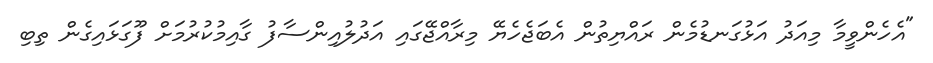
"އެހެންވީމާ މިއަދު އަޅުގަނޑުމެން ރައްޔިތުން އެބަޖެހެޔޭ މިރާއްޖޭގައި އަދުލުއިންސާފު ގާއިމުކުރުމަށް ފޫގަޅައިގެން ތިބި